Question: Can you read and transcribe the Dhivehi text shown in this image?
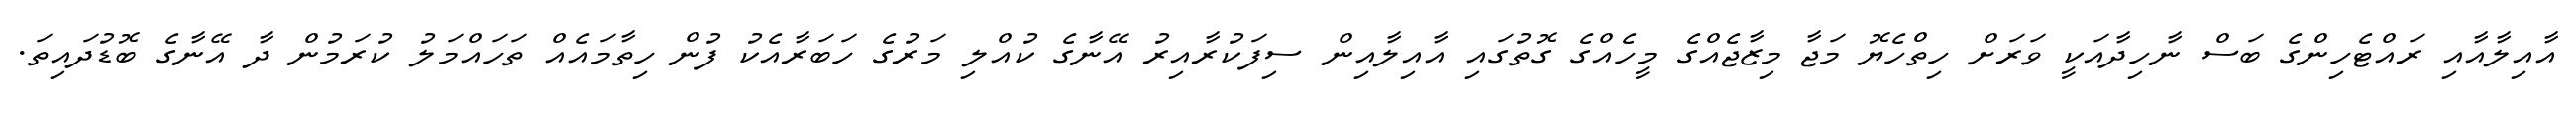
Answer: އާއިލާއާއި ރައްޓެހިންގެ ބަސް ނާހިދާއަކީ ވަރަށް ހިތްހެޔޮ މަޖާ މިޒާޖެއްގެ މީހެއްގެ ގޮތުގައި އާއިލާއިން ސިފަކުރާއިރު އޭނާގެ ކުއްލި މަރުގެ ހަބަރާއެކު ފުން ހިތާމައެއް ތަހައްމަލު ކުރަމުން ދާ އޭނާގެ ބޮޑުދައިތަ.